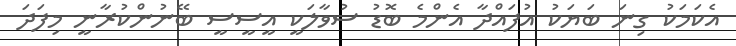
އެކަމަކު ގިނަ ބަޔަކު އުފައްދާ އެންމެ ބޮޑު ސުވާލަކީ އީސީސީ ބޭނުންކުރާނީ މިފަދަ